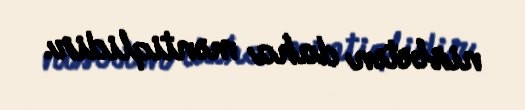
nisbətən daha məntiqlidir.